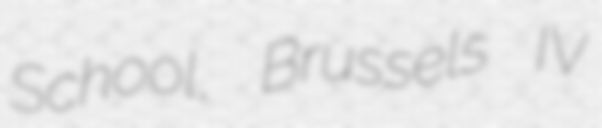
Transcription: School, Brussels IV